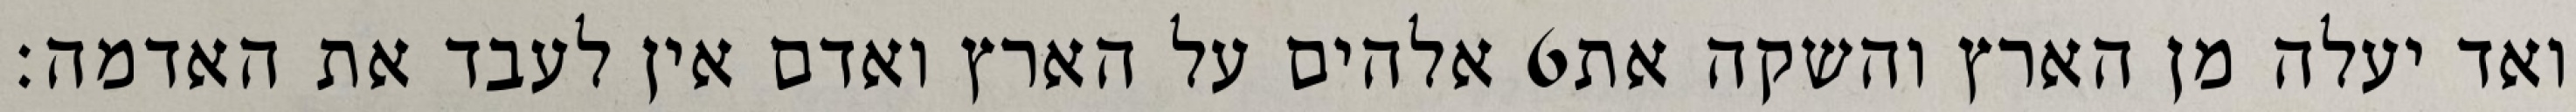
אלהים על הארץ ואדם אין לעבד את האדמה׃ ‎6‏ ואד יעלה מן הארץ והשקה את